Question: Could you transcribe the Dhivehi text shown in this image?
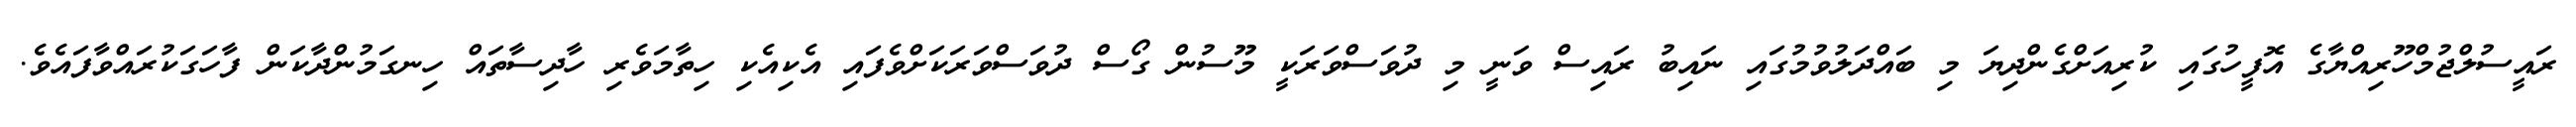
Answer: ރައީސުލްޖުމްހޫރިއްޔާގެ އޮފީހުގައި ކުރިއަށްގެންދިޔަ މި ބައްދަލުވުމުގައި ނައިބު ރައިސް ވަނީ މި ދުވަސްވަރަކީ މޫސުން ގޯސް ދުވަސްވަރަކަށްވެފައި އެކިއެކި ހިތާމަވެރި ހާދިސާތައް ހިނގަމުންދާކަން ފާހަގަކުރައްވާފައެވެ.